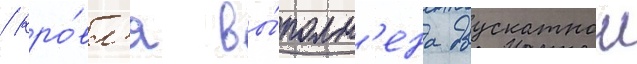
/ кро́вл'я вы́полн'ена двускатнои